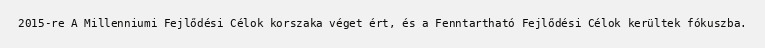
2015-re A Millenniumi Fejlődési Célok korszaka véget ért, és a Fenntartható Fejlődési Célok kerültek fókuszba.